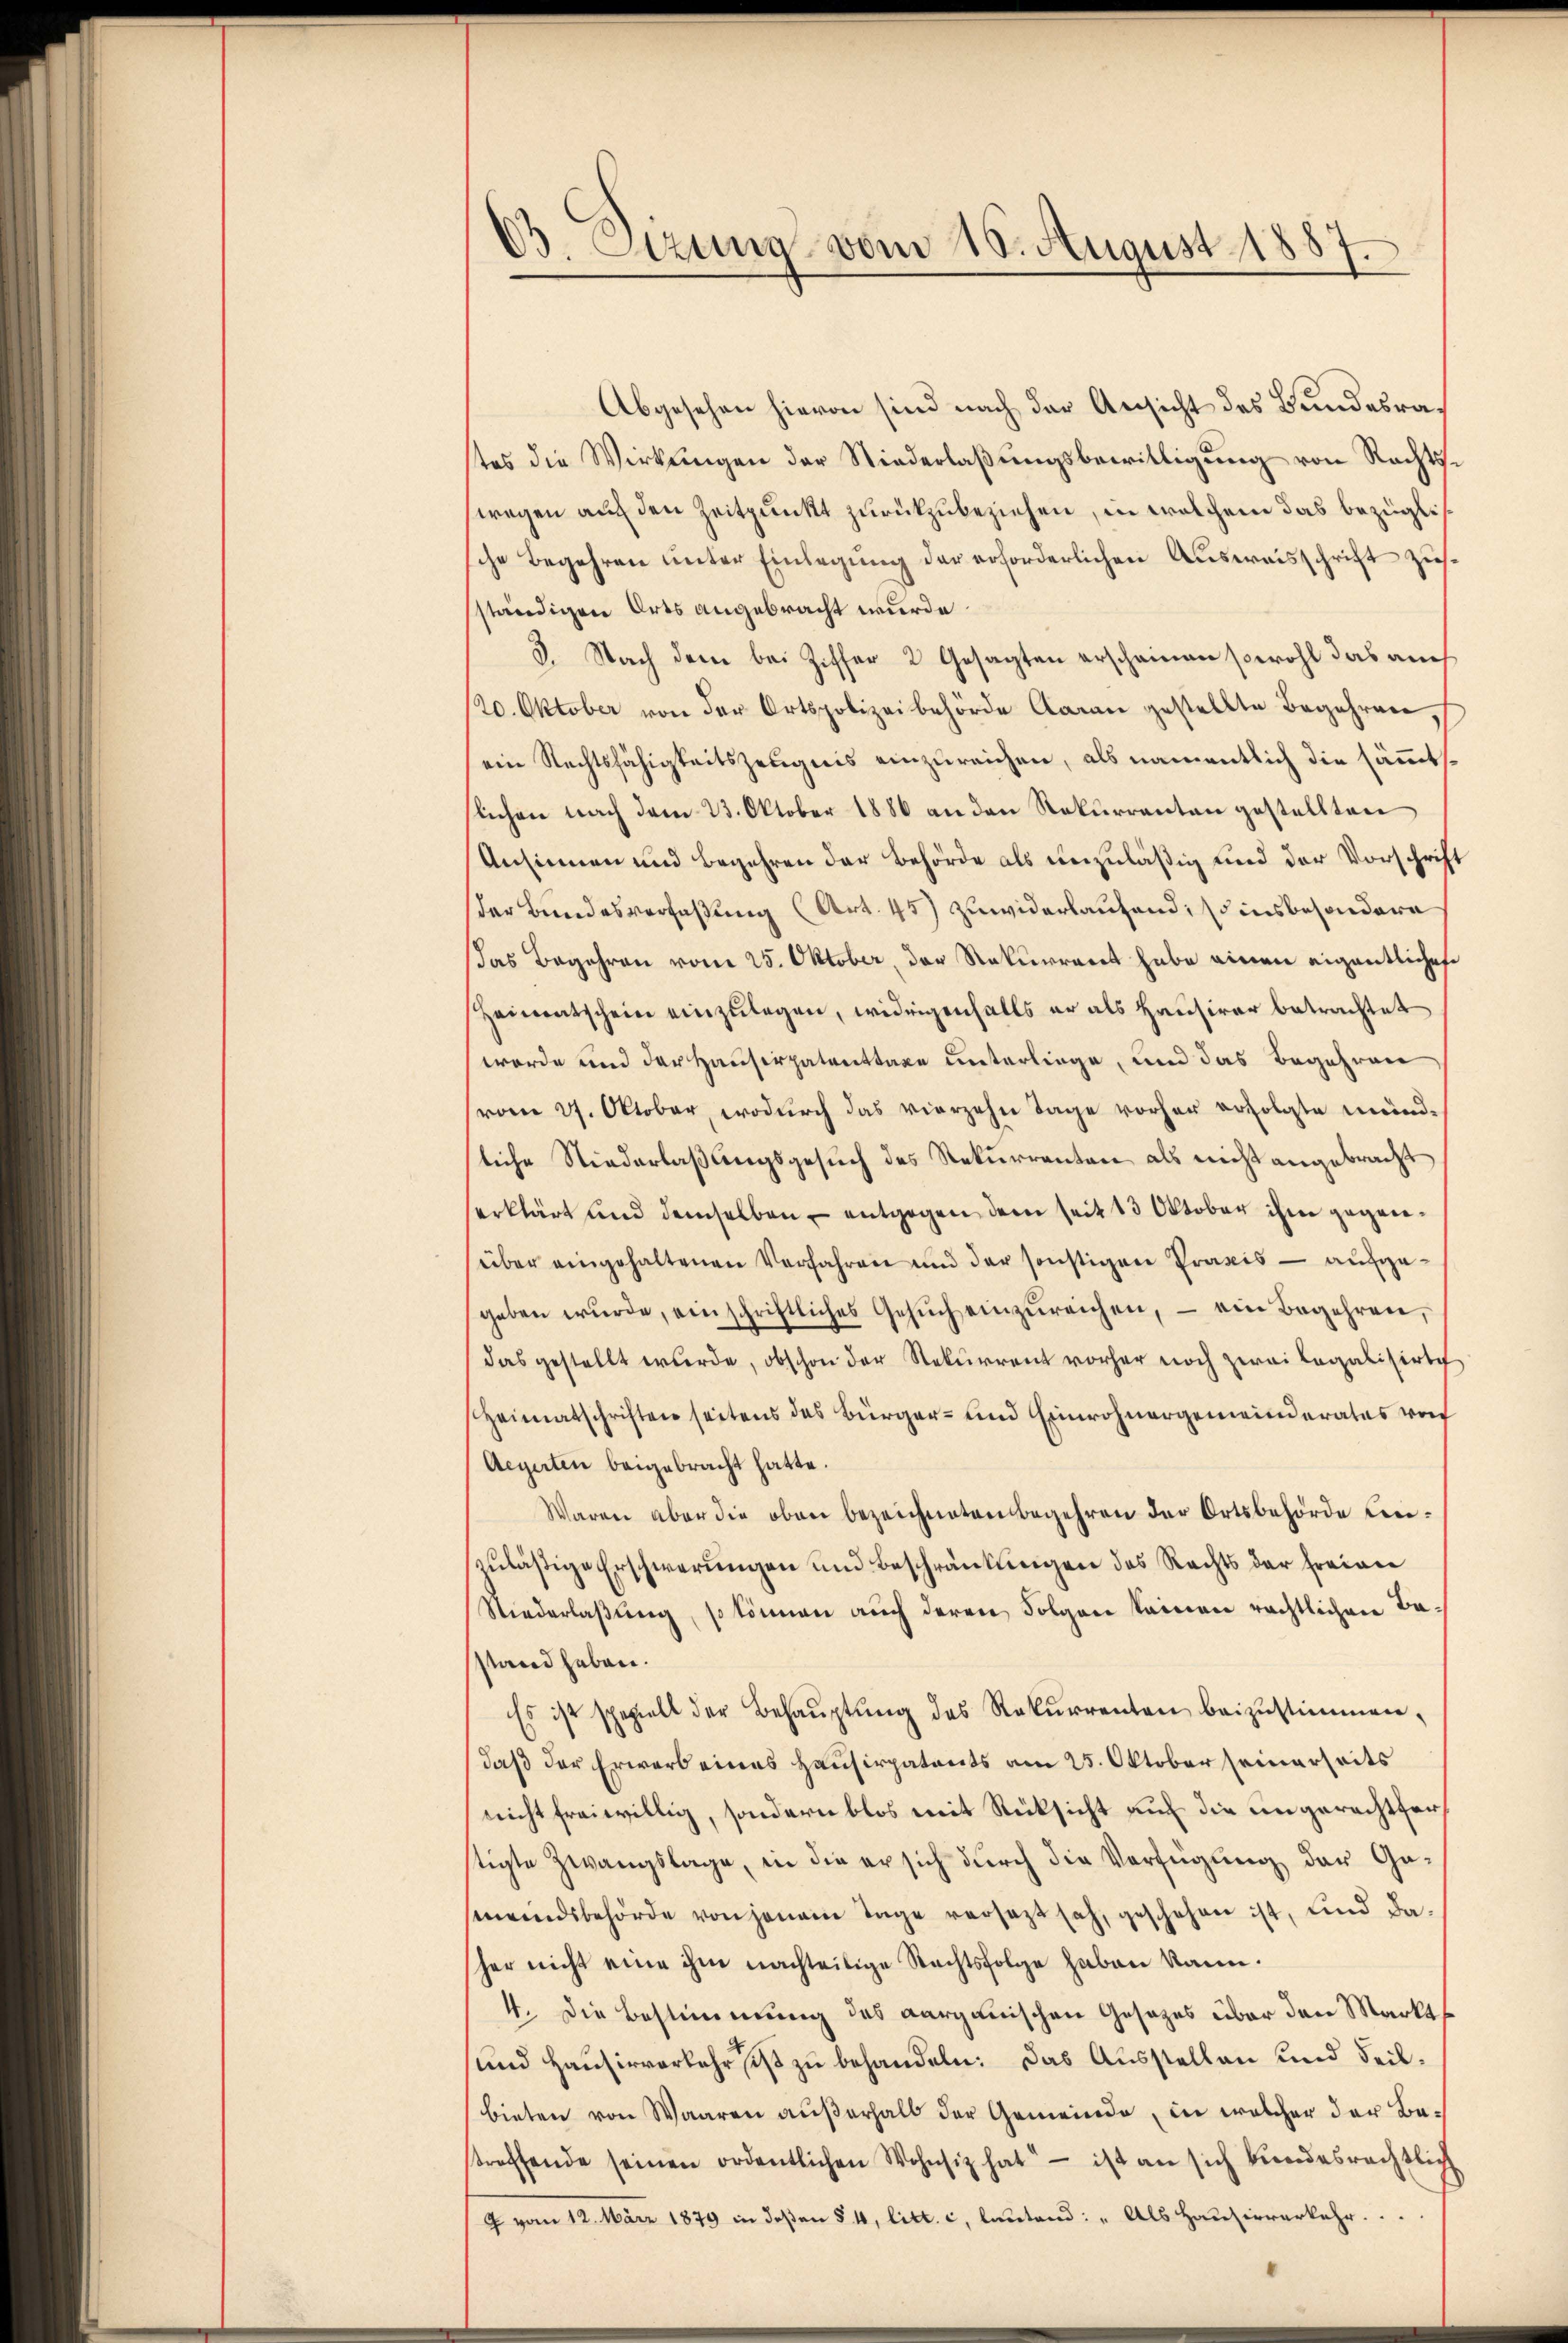
B. Etzung vom 10. August 1887.

Abgesehen hievon sind nach der Ansicht des Bundesrates die Wirkungen der Niederlaßungsbewilligung von Rechtsswegen auf den Zeitpunkt zurückzubeziehen, in welchem das bezüglische Begehren unter Einlegung der erforderlichen Ausweisschrift zusständigen Orts angebracht wurde.
3. Nach dem bei Ziffer 2 Gesagten erscheinen sowohl das auch
/20. Oktober von der Ortspolizeibehörde Aarau gestellte Begehren,
ein Rechtsfähigkeitszeugnis einzureichen, als namentlich die sämmtlichen nach dem 23. Oktober 1886 an den Rekurrenten gestellten
Ansinnen und Begehren der Behörde als unzuläßig und der Vorschrift
der Bundesverfaßung (Art. 45) zuwiderlaufend, so insbesondern
das Begehren vom 25. Oktober, der Rekurrent habe einen eigentliches
Heimatschein einzulegen, widrigenfalls er als Hausirer betrachtet
werde und der Hausirpatenttaxe unterliege, und das Begehren
(vom 27. Oktober, wodurch das vierzehn Tage vorher erfolgte mündliche Niederlaßungsgesuch des Rekurrenten als nicht angebracht
erklärt und demselben – entgegen dem seit 13 Oktober ihm gegeneüber eingehaltenen Verfahren und der sonstigen Praxis — aufgegeben wŭrde, einschriftliches Gesŭch einzŭreichen, – ein Begehren,
das gestellt wŭrde, obschon der Rekurrent vorher noch zwei legalisirte
Heimatschriften seitens das Bürger- und Einwohnergemeinderates von
Aegerten beigebracht hatte.
Waren aber die oben bezeichneten Begehren der Ortsbehörde Leizuläßige Erschwerungen und Beschränkungen des Rechts der freiger
Niederlaßung, so können auch deren Folgen seinen rechtlichen Bastand haben.
Es ist spezielt der Behaŭptŭng des Rekurrenten beizustimmen,
daß der Erwart eines Hausirpatents am 25. Oktober seinerseits
nicht freiwillig, sondern blos mit Rücksicht auf die ungerechtferstigte Zwangslage, in die er sich durch die Verfügung der Gameindsbehörde von jenem Tage versezt sah, geschehen ist, und dasher nicht eine ihm nachteilige Rechtsfolge haben kann.
4. Die Bestimmung des aargauischen Gesetzes über den Markts
und Hausirverkehr ist zu behandeln: Das Ausstellen und Feilbieten von Waaren aŭβerhalb der Gemeinde, in welcher der Betreffende seinen ordentlichen Wohnsiz hat - ist an sich kundesrechtlich
9 vom 12. März 1879 in deßen § 4, litt. c, lautend: „Als Hausirverkehr.